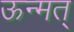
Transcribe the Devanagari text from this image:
ऊन्मत्